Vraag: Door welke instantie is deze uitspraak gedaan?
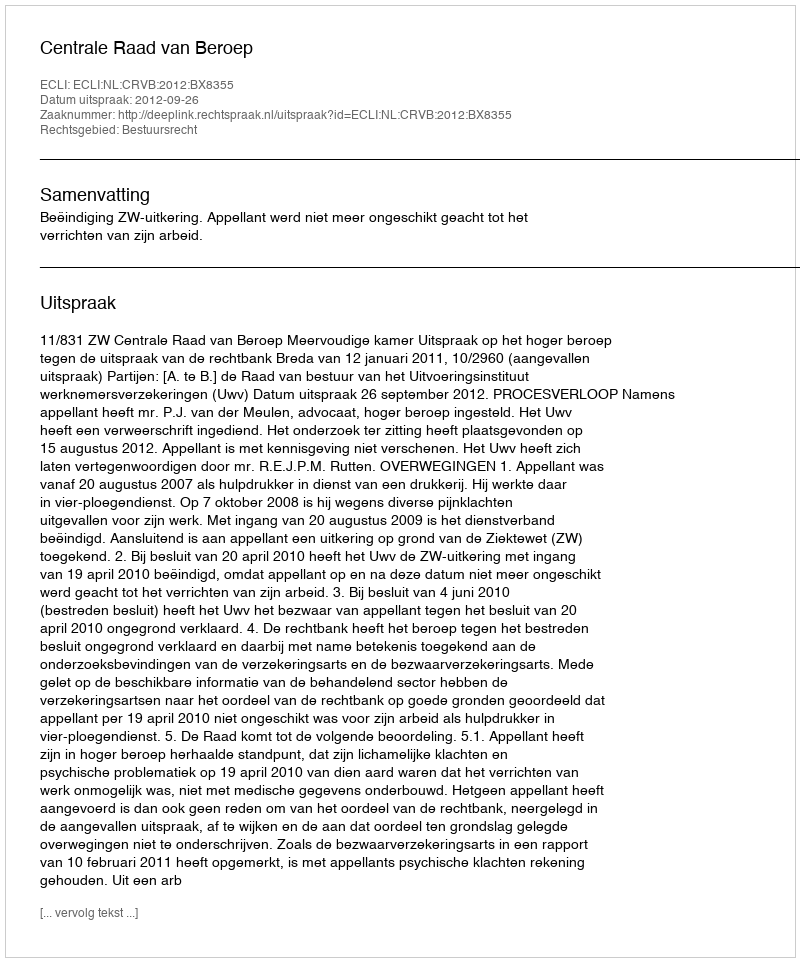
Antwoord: Centrale Raad van Beroep